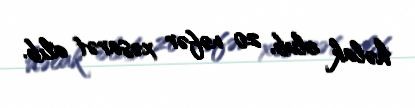
həlak olub, 20 nəfər xəsarət alıb.